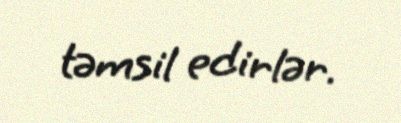
təmsil edirlər.